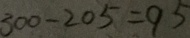
3 0 0 - 2 0 5 = 9 5